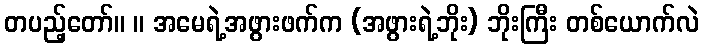
တပည့်တော်။ ။ အမေရဲ့အဖွားဖက်က (အဖွားရဲ့ဘိုး) ဘိုးကြီး တစ်ယောက်လဲ